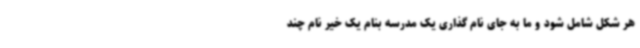
هر شکل شامل شود و ما به جای نام گذاری یک مدرسه بنام یک خیر نام چند